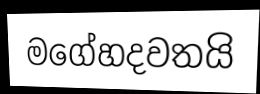
මගේහදවතයි